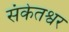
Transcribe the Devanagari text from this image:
संकेतश्वर